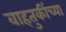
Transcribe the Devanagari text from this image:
वाहतुकींच्या